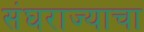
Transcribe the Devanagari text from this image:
संघराज्याचा